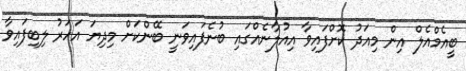
ބީއެމްއެލް އިން މިއަދު ކޮށްފައިވާ އިއުލާނެއްގައި ބުނެފައިވަނީ ބޭންކަށް މިދިޔަ އަހަރު ލިބިފައިވާ